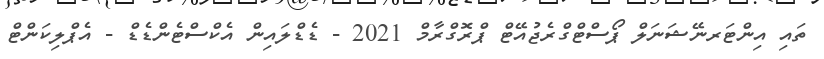
ތައި އިންޓަރނޭޝަނަލް ޕޯސްޓްގްރެޖުއޭޓް ޕްރޮގްރާމް 2021 - ޑެޑްލައިން އެކްސްޓެންޑެޑް - އެޕްލިކަންޓް